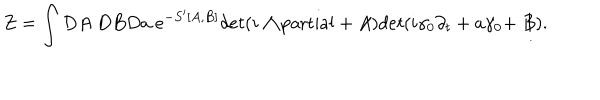
Z = \int D A ~ D B D a ~ e ^ { - S ^ { \prime } [ A , B ] } d e t ( i \raise . 1 5 e x \mathrm { ~ / ~ } \kern - . 5 7 e m \mathrm { ~ \partial ~ } + \not \! \! A ) d e t ( i \gamma _ { 0 } \partial _ { t } + a \gamma _ { 0 } + \not \! \! B ) .